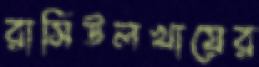
রাসিউলখায়ের